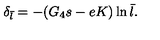
\delta _ { \bar { l } } = - ( G _ { 4 } s - e K ) \ln \bar { l } .